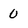
Character: 0